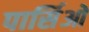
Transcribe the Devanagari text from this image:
पार्सिओ